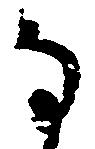
な